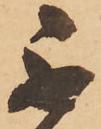
不